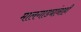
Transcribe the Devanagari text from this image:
मालगाड्यांनाही